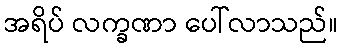
အရိပ် လက္ခဏာ ပေါ်လာသည်။